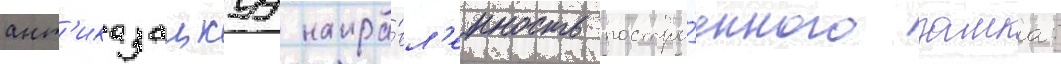
ант'иказацкуу напра́вл'енность постро́енного замка: